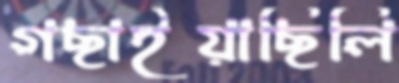
গছাইয়াছিলি